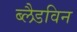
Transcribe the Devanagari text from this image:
ब्लैडविन